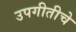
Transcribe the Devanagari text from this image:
उपगीतीचे